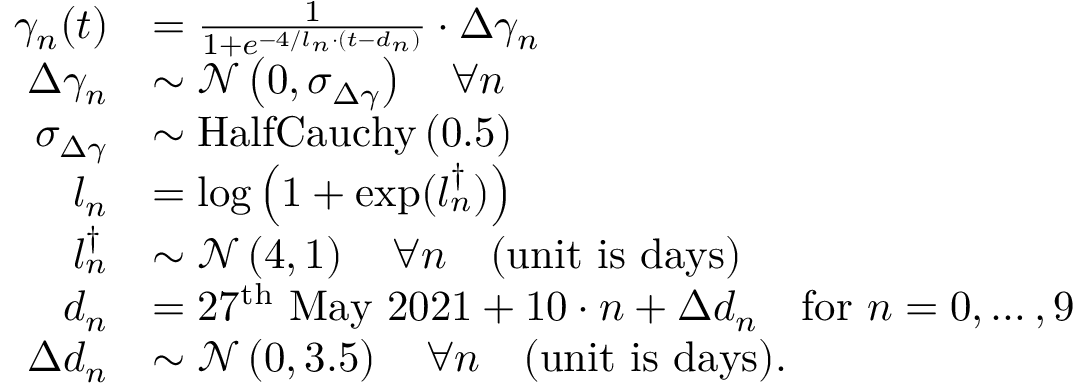
\begin{array} { r l } { \gamma _ { n } ( t ) } & { = \frac { 1 } { 1 + e ^ { - 4 / l _ { n } \cdot ( t - d _ { n } ) } } \cdot \Delta \gamma _ { n } } \\ { \Delta \gamma _ { n } } & { \sim \mathcal { N } \left( 0 , \sigma _ { \Delta \gamma } \right) \quad \forall n } \\ { \sigma _ { \Delta \gamma } } & { \sim \mathrm { H a l f C a u c h y } \left( 0 . 5 \right) } \\ { l _ { n } } & { = \log \left( 1 + \exp ( l _ { n } ^ { \dagger } ) \right) } \\ { l _ { n } ^ { \dagger } } & { \sim \mathcal { N } \left( 4 , 1 \right) \quad \forall n \quad \mathrm { ( u n i t ~ i s ~ d a y s ) } } \\ { d _ { n } } & { = 2 7 ^ { \mathrm { t h } } \mathrm { ~ M a y ~ 2 0 2 1 } + 1 0 \cdot n + \Delta d _ { n } \quad \mathrm { f o r ~ } n = { 0 , \dots , 9 } } \\ { \Delta d _ { n } } & { \sim \mathcal { N } \left( 0 , 3 . 5 \right) \quad \forall n \quad \mathrm { ( u n i t ~ i s ~ d a y s ) } . } \end{array}